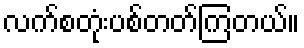
လက်စတုံးပစ်တတ်ကြတယ်။